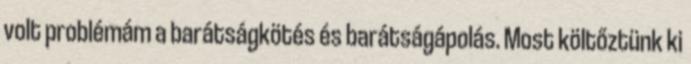
volt problémám a barátságkötés és barátságápolás. Most költőztünk ki